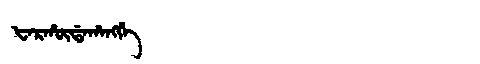
Manchu: ᡶᠠᡵᡥᡡᡩᠠᡥᠠᠩᡤᡝ
Romanization: FARHŪDAHANGGE